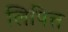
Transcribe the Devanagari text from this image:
लिपित्त